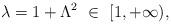
LaTeX: \begin{align*}\lambda = 1 + \Lambda^2 \ \in\ [1, +\infty),\end{align*}